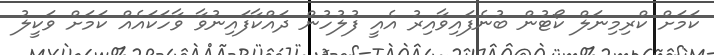
ކަމަށް ކްރިމިނަލް ކޯޓުން ބުނެފައިވާއިރު އެއީ ފުލުހުން ދައްކާފައިނުވާ ވާހަކައެއް ކަމަށް ވަކީލު